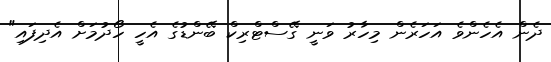
ދެން އެހެންވެ އަހަރެން މިހާރު ވަނީ ގޭސްޓްރިކް ބޭންޑުގެ އެހީ ހޯދުމަށް އެދިފައި"